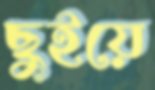
ছুইয়ে